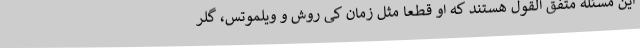
این مسئله متفق القول هستند که او قطعا مثل زمان کی روش و ویلموتس، گلر